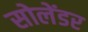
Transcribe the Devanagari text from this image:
सोलेंडर